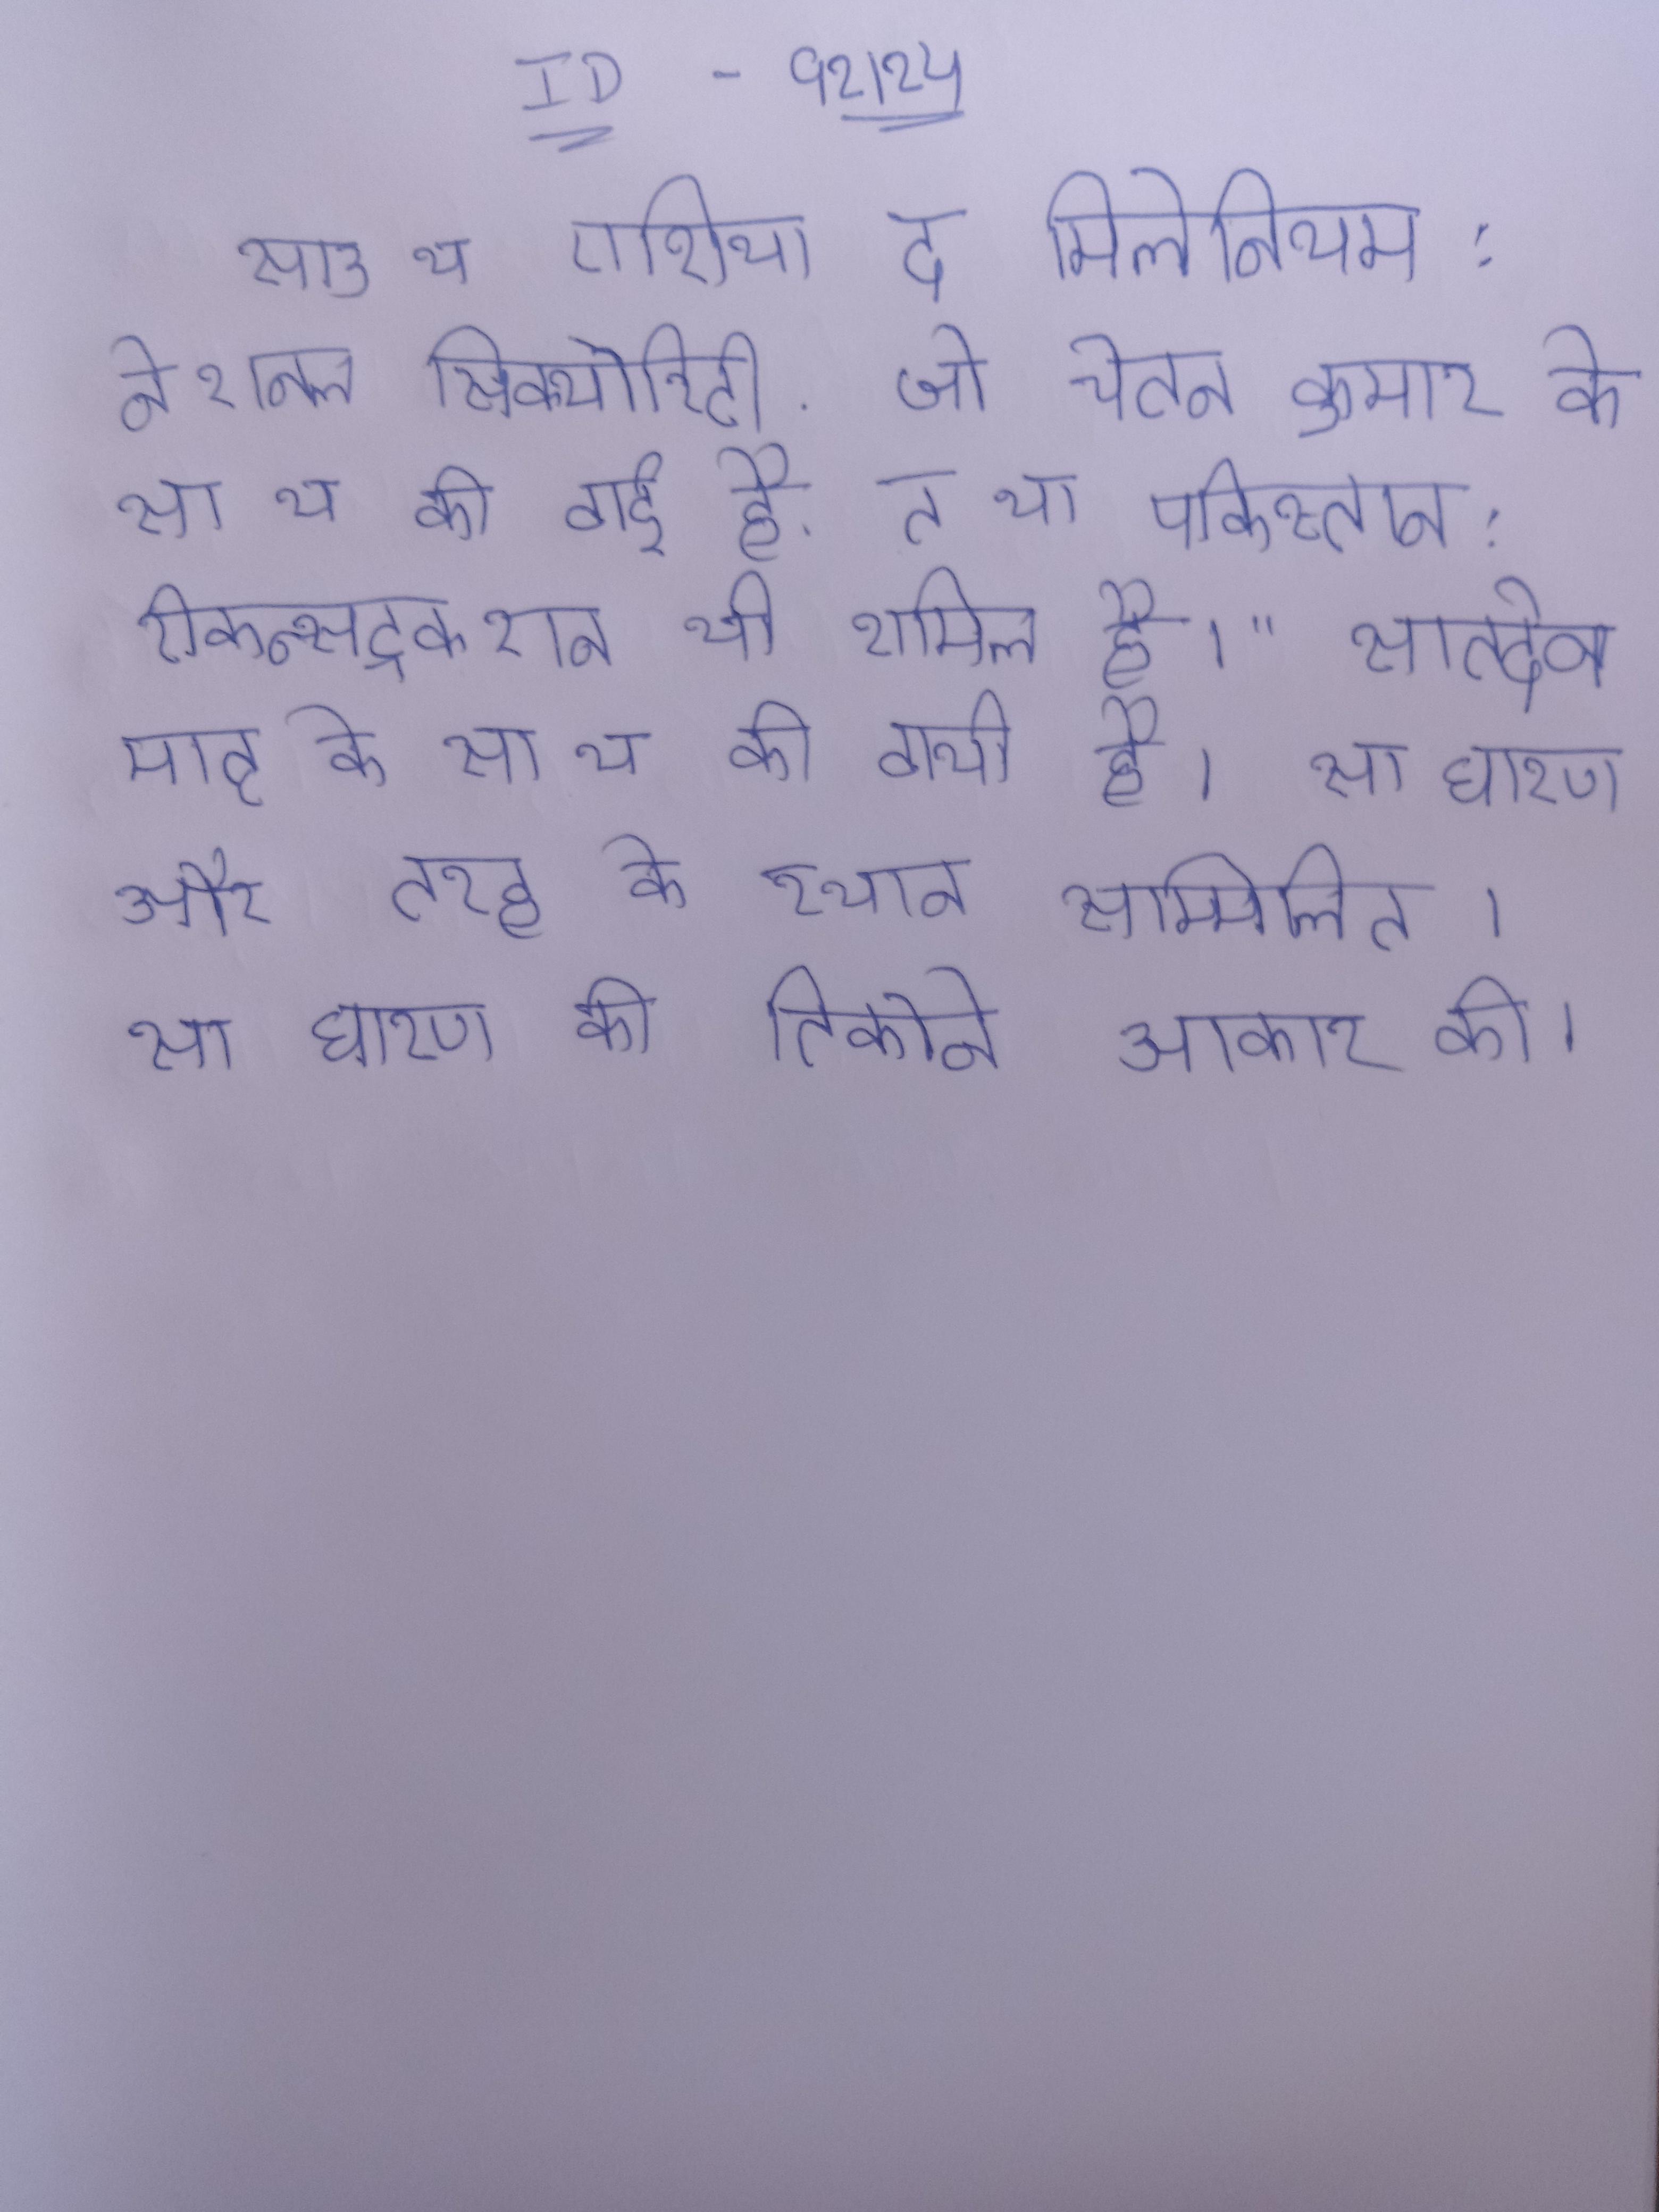
साउथ एशिया द मिलेनियम: नेशनल सिक्योरिटी, जो चेतन कुमार के साथ की गई है, तथा पाकिस्तान: रीकन्सट्रक्शन भी शामिल है।" सातदेव मातृ के साथ की गयी है । साधारण और तरह के स्थान सम्मिलित । साधारण की तिकोने आकार की ।